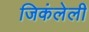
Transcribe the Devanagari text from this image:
जिकंलेली